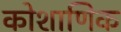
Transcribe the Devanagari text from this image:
कोशाणिक